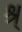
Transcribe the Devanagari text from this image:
श्र्